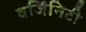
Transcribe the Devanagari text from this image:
वर्जिनिटी